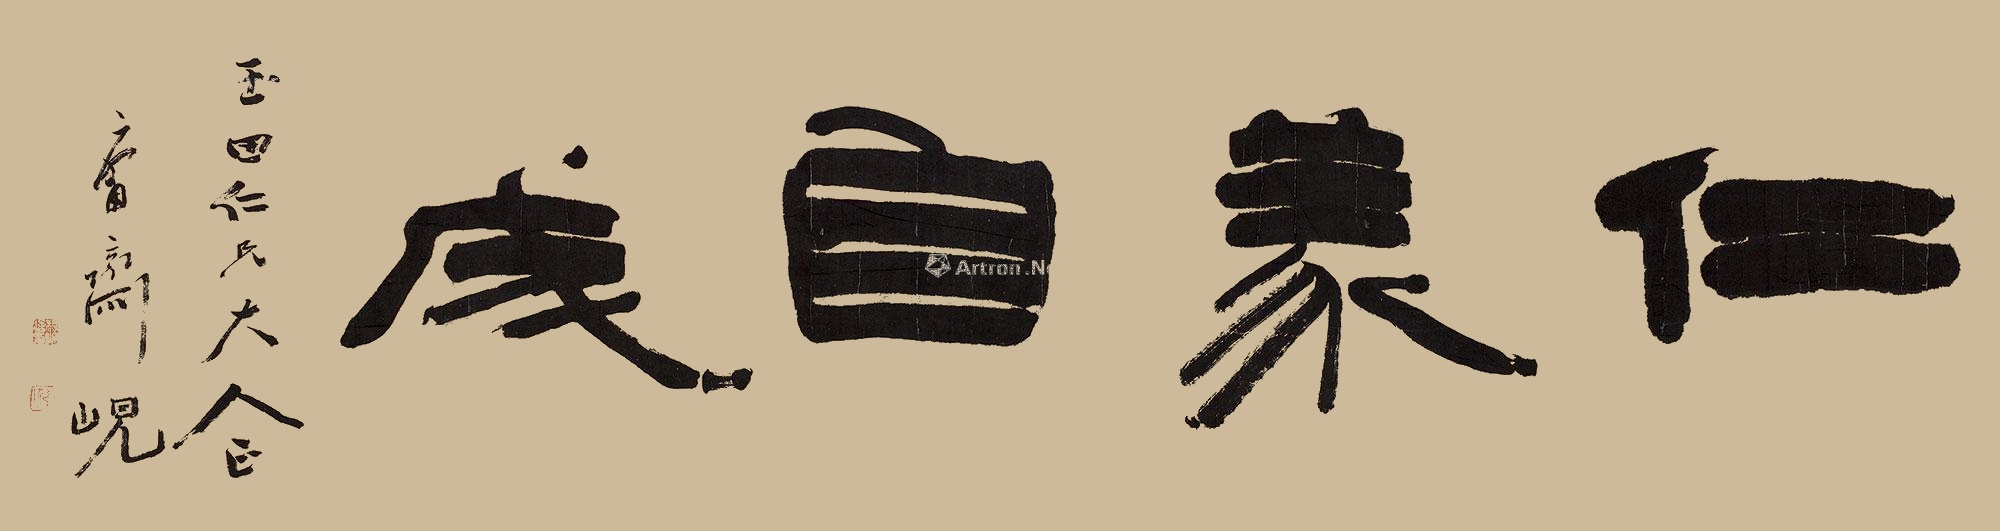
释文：仁义自成玉田仁兄大人正，庸斋岘。